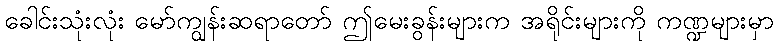
ခေါင်းသုံးလုံး မော်ကျွန်းဆရာတော် ဤမေးခွန်းများက အရိုင်းများကို ကဏ္ဍများမှာ